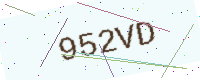
Text: 952VD